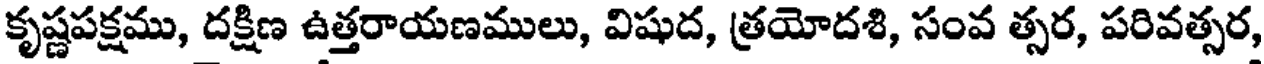
కృష్ణపక్షము, దక్షిణ ఉత్తరాయణములు, విషుద, త్రయోదశి, సంవ త్సర, పరివత్సర,